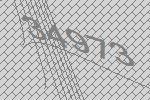
34973